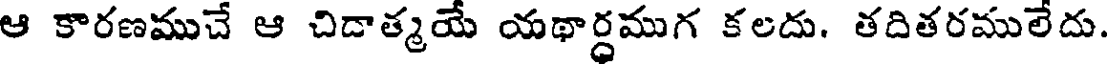
ఆ కారణముచే ఆ చిడాత్మయే యథార్ధముగ కలదు. తదితరములేదు.